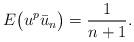
LaTeX: \begin{gather*}E\big(u^p\bar{u}_{n}\big)=\frac1{n+1}.\end{gather*}